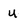
Character: u